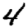
Digit: 4